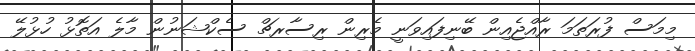
މިމަސް ފުރަތަމަ ރާއްޖެއިން ބޭނިފައިވަނީ މެރިން ރިސާރޗް ސެކްޝަނުން މާލެ އަތޮޅު ހުޅުލޭ